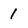
Character: 1